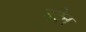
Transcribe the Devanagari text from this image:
उदेन